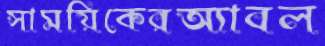
সাময়িকেরঅ্যাবল